Civil Veterinary Department Bihar & Orissa reports 1929-36 - 1929-1936
Year: 1929
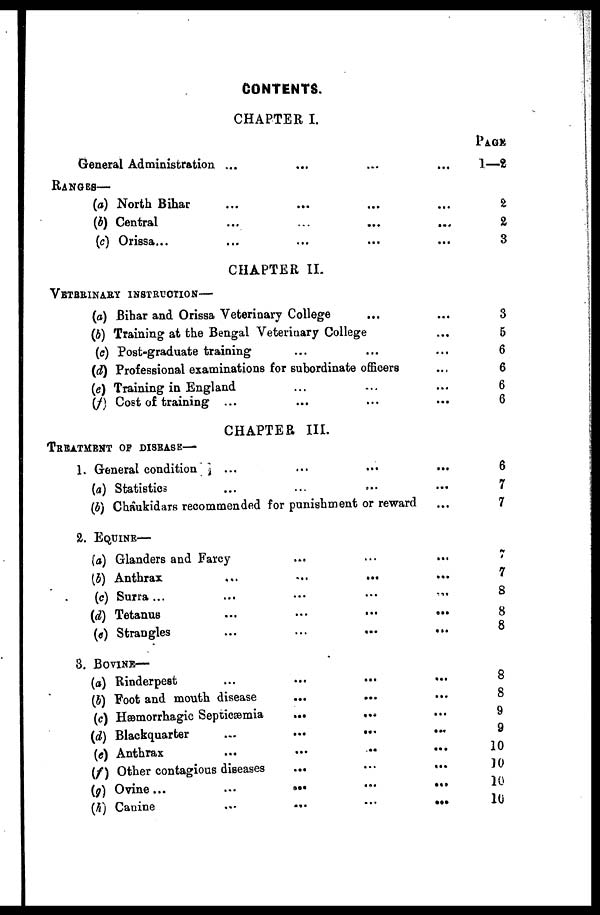
CONTENTS.
CHAPTER I.
General Administration ...
...
...
PAGE
1—2
RANGES—
(a) North Bihar
(b) Central ...
(c) Orissa...
...
...
...
...
...
2
2
3
CHAPTER II.
VETERINARY INSTRUCTION—
(a) Bihar and Orissa Veterinary College ... ...
(b) Training at the Bengal Veterinary College ...
(c) Post-graduate training ... ... ...
(d) Professional examinations for subordinate officers ...
(e) Training in England ... ... ...
(f) Cost of training ... ... ... ...
3
5
6
6
6
6
CHAPTER III.
TREATMENT OF DISEASE—
1. General condition ... ... ... ...
(a) Statistics ... ... ... ...
(b) Châukidars recommended for punishment or reward ...
6
7
7
2. EQUINE—
(a) Glanders and Farcy ... ... .. ...
(b) Anthrax ... ... .. ...
(c) Surra ... ... ... .. ...
(d) Tetanus ... ... .. ...
(«) Strangles ... ... .. ...
7
7
8
8
8
3. BOVINE—
(a) Rinderpes
... ... ... ...
(J) Foot and mouth disease ... ... ...
(c) Hemorrhagic Septicsæmia ... ... ...
(d) Blackquarter... ... ... ...
(e) Anthrax
... ... ... ...
(f) Other contagious diseases ... ... ...
(g) Ovine ...
... ... ... ...
(h) Canine
... ... ... ...
8
8
9
9
10
10
10
10